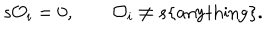
s { \cal O } _ { i } = 0 , \quad \quad { \cal O } _ { i } \ne s \{ \mathrm { a n y t h i n g } \} .